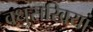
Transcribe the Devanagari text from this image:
वधुसखियां